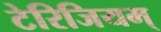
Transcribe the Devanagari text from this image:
टेरिजियम्